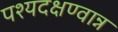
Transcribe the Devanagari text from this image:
पश्यदक्षण्वान्न